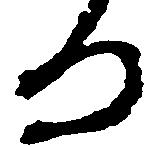
ろ